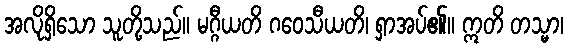
အလိုရှိသော သူတို့သည်။ မဂ္ဂီယတိ ဂဝေသီယတိ၊ ရှာအပ်၏။ ဣတိ တသ္မာ၊